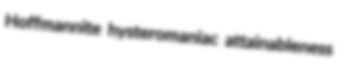
Hoffmannite hysteromaniac attainableness